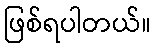
ဖြစ်ရပါတယ်။